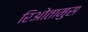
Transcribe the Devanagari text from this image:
रिओतामुस